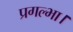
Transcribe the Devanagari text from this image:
प्रगल्भा।